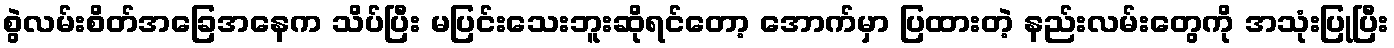
စွဲလမ်းစိတ်အခြေအနေက သိပ်ပြီး မပြင်းသေးဘူးဆိုရင်တော့ အောက်မှာ ပြထားတဲ့ နည်းလမ်းတွေကို အသုံးပြုပြီး